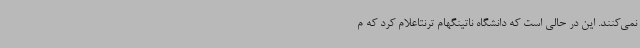
نمی‌کنند. این در حالی است که دانشگاه ناتینگهام ترنتاعلام کرد که م